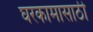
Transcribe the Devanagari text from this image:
घरकामासाठी